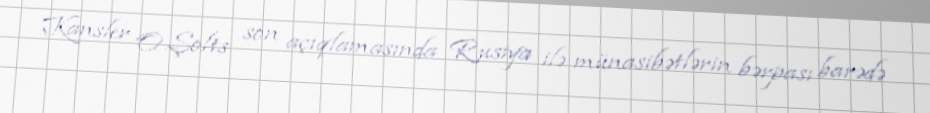
Kansler O.Şolts son açıqlamasında Rusiya ilə münasibətlərin bərpası barədə